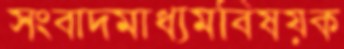
সংবাদমাধ্যমবিষয়ক